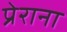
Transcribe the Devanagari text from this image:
प्रेराना